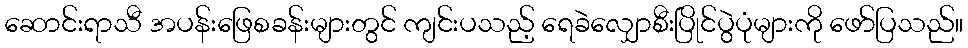
ဆောင်းရာသီ အပန်းဖြေစခန်းများတွင် ကျင်းပသည့် ရေခဲလျှောစီးပြိုင်ပွဲပုံများကို ဖော်ပြသည်။